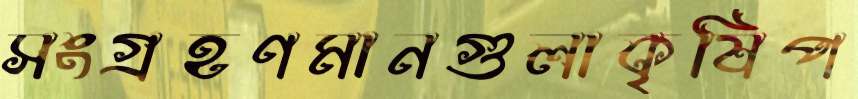
সংগ্রহণমানগুলাকৃষিপ